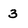
Character: 3